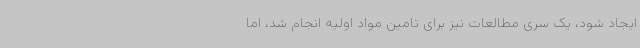
ایجاد شود، یک سری مطالعات نیز برای تامین مواد اولیه انجام شد، اما